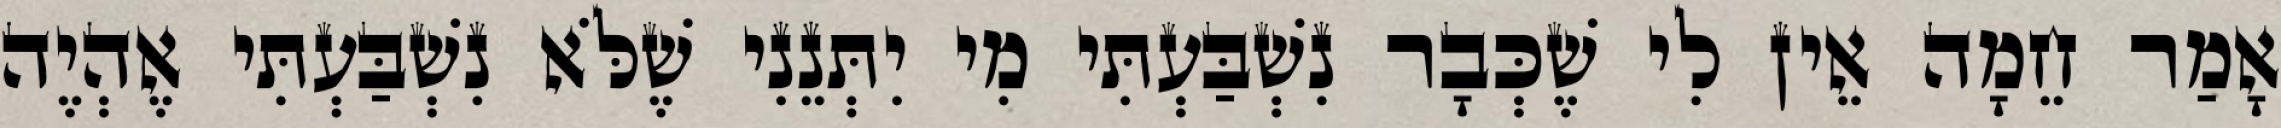
אָמַר חֵמָה אֵין לִי שֶׁכְּבָר נִשְׁבַּעְתִּי מִי יִתְּנֵנִי שֶׁלֹּא נִשְׁבַּעְתִּי אֶהְיֶה